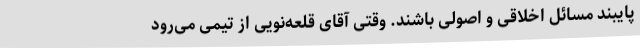
پایبند مسائل اخلاقی و اصولی باشند. وقتی آقای قلعه‌نویی از تیمی می‌رود